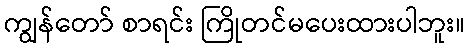
ကျွန်တော် စာရင်း ကြိုတင်မပေးထားပါဘူး။